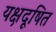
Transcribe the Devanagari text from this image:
यक्षदूषित